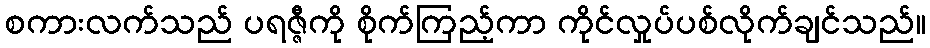
စကားလက်သည် ပရဇ္ဇီကို စိုက်ကြည့်ကာ ကိုင်လှုပ်ပစ်လိုက်ချင်သည်။